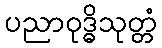
ပညာဝုဒ္ဓိသုတ္တံ